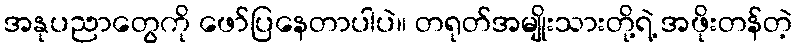
အနုပညာတွေကို ဖော်ပြနေတာပါပဲ။ တရုတ်အမျိုးသားတို့ရဲ့ အဖိုးတန်တဲ့